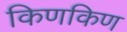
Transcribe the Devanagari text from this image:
किणकिण